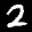
Label: 2